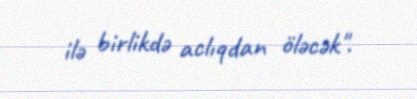
ilə birlikdə aclıqdan öləcək".